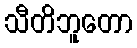
သီတိဘူတော